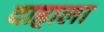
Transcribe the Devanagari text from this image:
दाहाला